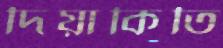
দিয়াকিতি